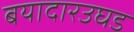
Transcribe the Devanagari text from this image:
बयादारउघड